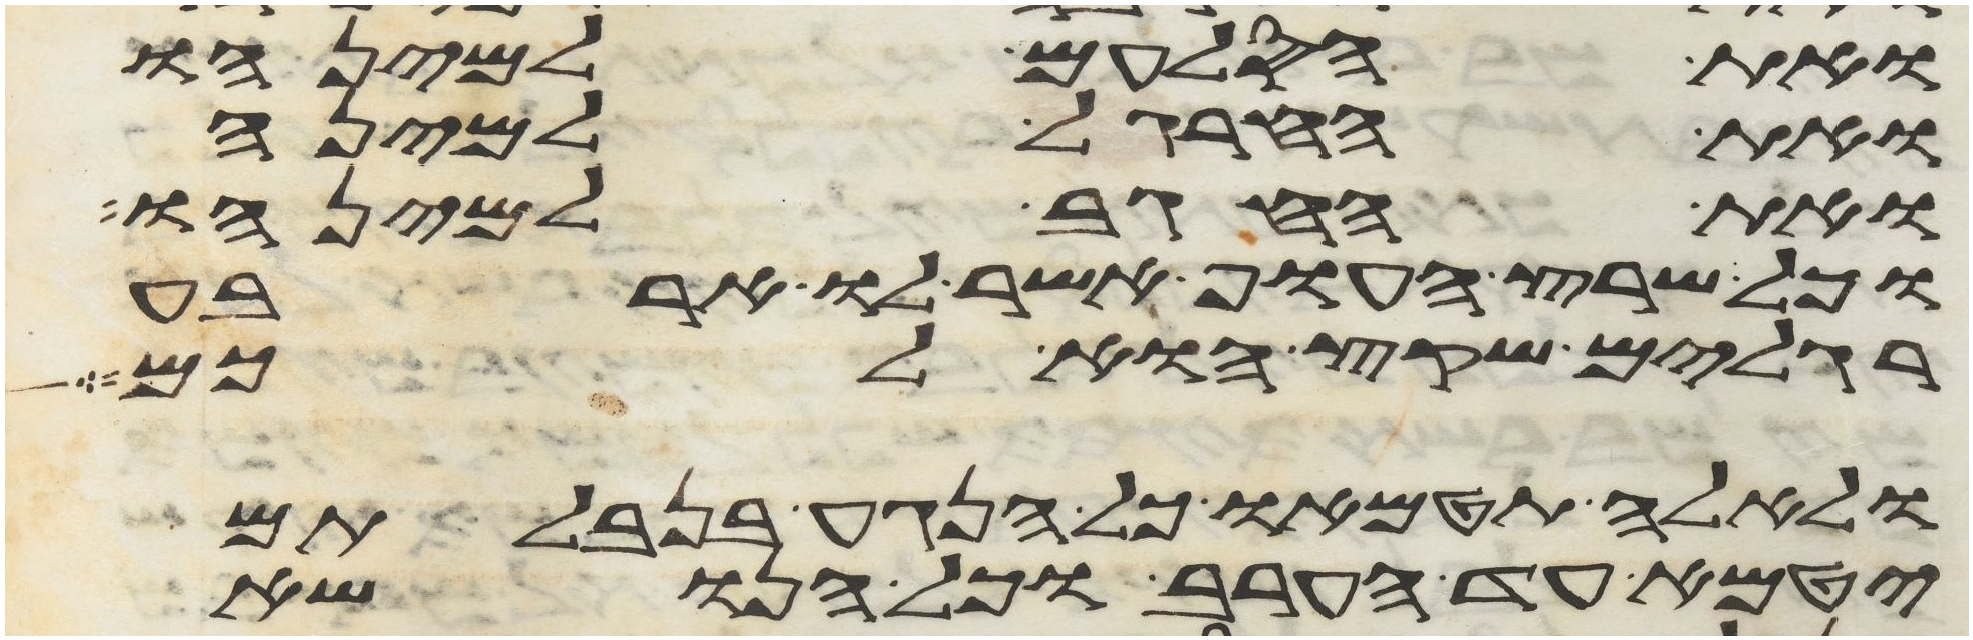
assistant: ואת הסלעם למינהו
ואת החרגל למינה
ואת החגב למינהו
וכל שרץ העוף אשר לו ארבע
רגלים שקץ הוא לכם
ולאלה תטמאו כל הנגע בנבלתם
יטמא עד הערב וכל הנשא